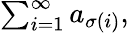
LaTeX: \textstyle\sum_{i=1}^{\infty}a_{\sigma(i)},